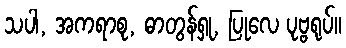
သပါ, အကရာစု, ဓာတွန်ရှု, ပြုလေ ပုဗ္ဗရုပ်။